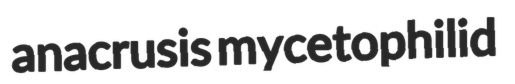
anacrusis mycetophilid